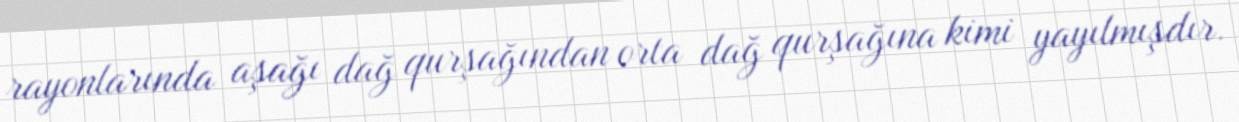
rayonlarında aşağı dağ qurşağından orta dağ qurşağına kimi yayılmışdır.